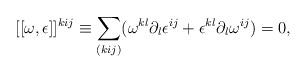
LaTeX: \begin{align*}[[\omega,\epsilon ]]^{kij} \equiv \sum\limits_{(kij)} (\omega^{kl}\partial_l\epsilon^{ij} +\epsilon^{kl}\partial_l\omega^{ij}) = 0,\end{align*}